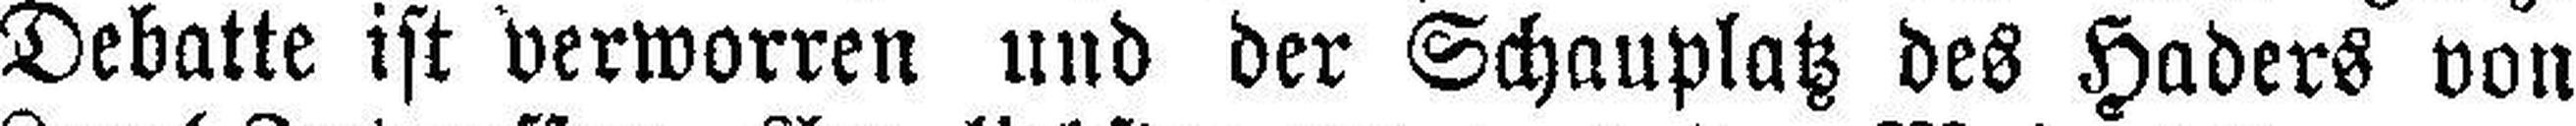
Debatte ist verworren und der Schauplatz des Haders von